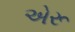
એરૂ